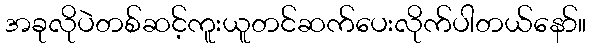
အခုလိုပဲတစ်ဆင့်ကူးယူတင်ဆက်ပေးလိုက်ပါတယ်နော်။